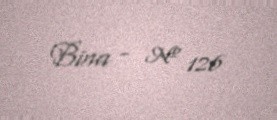
Bina - № 126